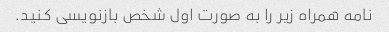
نامه همراه زیر را به صورت اول شخص بازنویسی کنید.